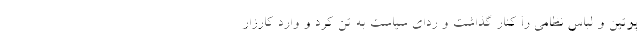
پوتین‌ و لباس نظامی را کنار گذاشت و ردای سیاست به تن کرد و وارد کارزار